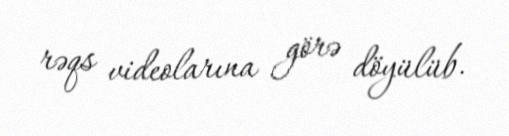
rəqs videolarına görə döyülüb.